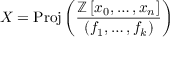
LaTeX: X = { \mathrm { P r o j } } \left( { \frac { \mathbb { Z } \left[ x _ { 0 } , \ldots , x _ { n } \right] } { \left( f _ { 1 } , \ldots , f _ { k } \right) } } \right)